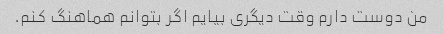
من دوست دارم وقت دیگری بیایم اگر بتوانم هماهنگ کنم.